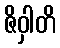
ဇိဝှါတိ